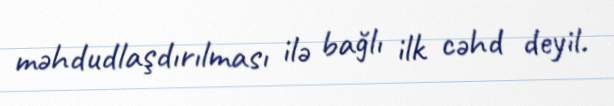
məhdudlaşdırılması ilə bağlı ilk cəhd deyil.